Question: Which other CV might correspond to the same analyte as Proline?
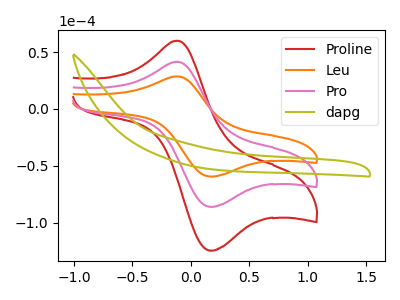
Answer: <think>The red curve "Proline" has an anodic peak at (-0.10V, 83.05uA) and a cathodic peak at (0.20V, -172.05uA). The orange curve "Leu" has an anodic peak at (-0.10V, 28.70uA) and a cathodic peak at (0.20V, -59.40uA). The pink curve "Pro" has an anodic peak at (-0.10V, 41.55uA) and a cathodic peak at (0.20V, -86.05uA). The olive curve "dapg" has no peaks.
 All the peaks in "Proline" have a peak in "Leu" at the same potential. Every peak in "Proline" is higher than every peak in "Leu". All the peaks in "Proline" have a peak in "Pro" at the same potential. Every peak in "Proline" is higher than every peak in "Pro". "Proline" and "dapg" have a different number of peaks. All the peaks in "Leu" have a peak in "Pro" at the same potential. Every peak in "Leu" is lower than every peak in "Pro". "Leu" and "dapg" have a different number of peaks. "Pro" and "dapg" have a different number of peaks.</think>
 <answer>"Proline" and "Pro" have a similar shape to "Leu".</answer>
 <eval>"Proline" "Pro"</eval>